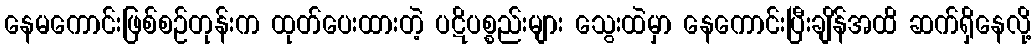
နေမကောင်းဖြစ်စဉ်တုန်းက ထုတ်ပေးထားတဲ့ ပဋိပစ္စည်းများ သွေးထဲမှာ နေကောင်းပြီးချိန်အထိ ဆက်ရှိနေလို့